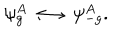
\psi _ { g } ^ { A } \longleftrightarrow \psi _ { - g } ^ { A } .